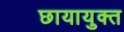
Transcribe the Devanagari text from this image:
छायायुक्त